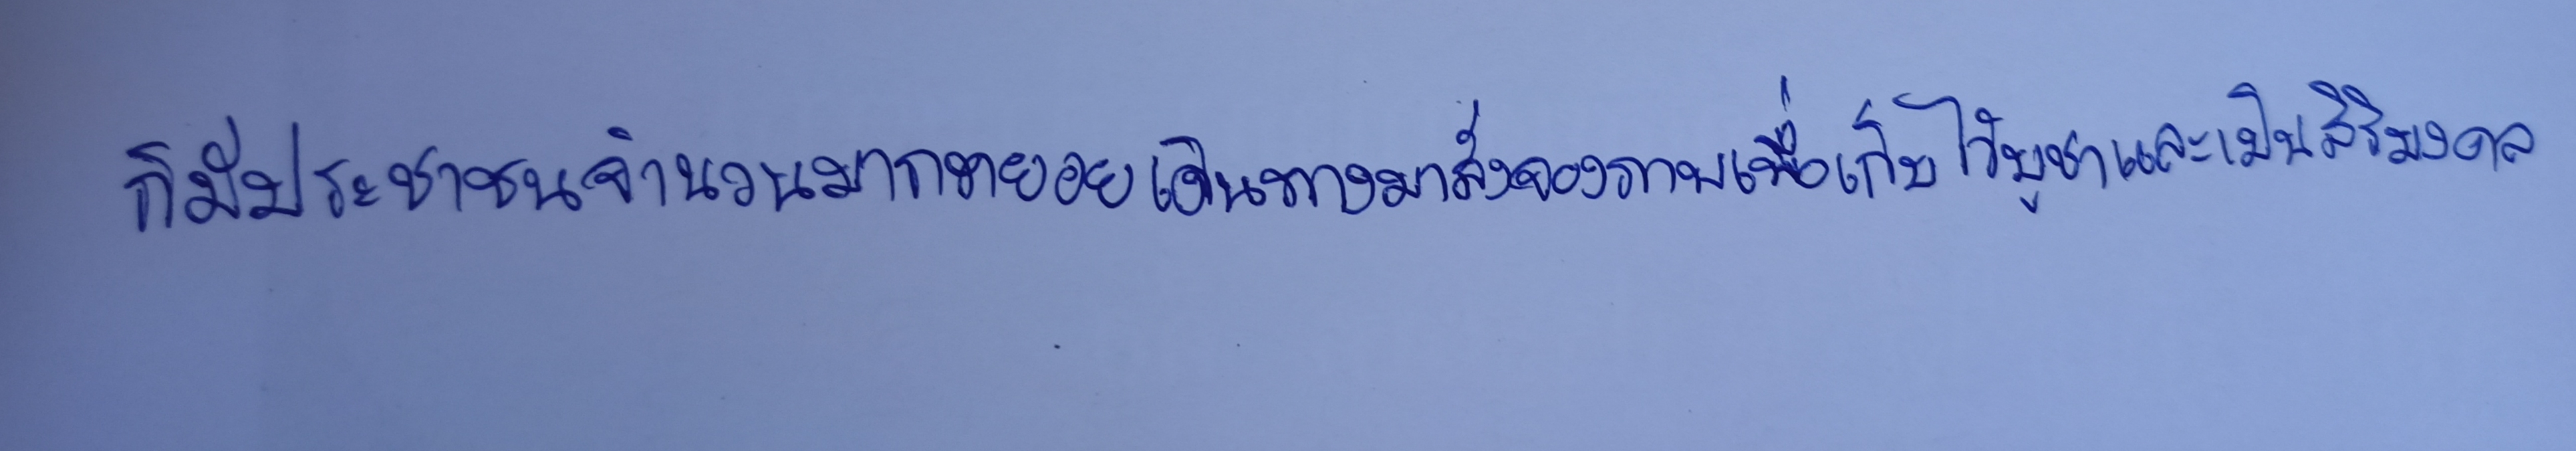
ก็มีประชาชนจำนวนมากทยอยเดินทางมาสั่งจองภาพเพื่อเก็บไว้บูชาและเป็นสิริมงคล